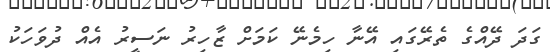
ގަދަ ދޭއްގެ ތެރޭގައި އޭނާ ހިމެނޭ ކަމަށް ޒާހިރު ނަސީރު އެއް ދުވަހަކު